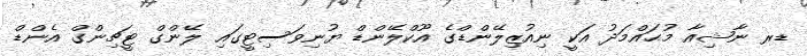
ޑރ ނާޝިއާ މުޙައްމަދު އަކީ ނިއުޒިލޭންޑްގެ އޫކްލޭންޑް ޔުނިވަސިޓީގައި ލޭންގް ޓީޗިންގް އެންޑް